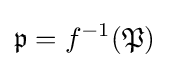
{\mathfrak {p}}=f^{-1}({\mathfrak {P}})